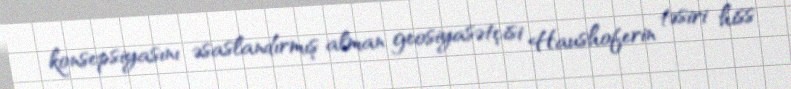
konsepsiyasını əsaslandırmış alman geosiyasətçisi Haushoferin təsiri hiss